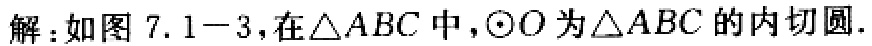
解：如图7.1 - 3，在$\triangle ABC$中，$\odot O$为$\triangle ABC$的内切圆.